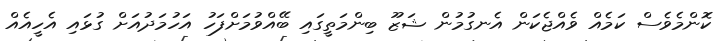
ކޮންމެވެސް ކަމެއް ވެއްޖެކަން އެނގުމުން ޝަޒޫ ބިންމަތީގައި ބޭއްވުމަށްފަހު އަހުމަދުއަށް ގުޅައި އެހީއެއް